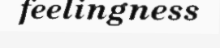
feelingness